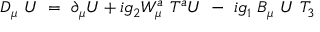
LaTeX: D _ { \mu } ~ { \cal U } ~ = ~ \partial _ { \mu } { \cal U } + i g _ { 2 } W _ { \mu } ^ { a } { } ~ { T ^ { a } } { \cal U } ~ - ~ i g _ { 1 } ~ B _ { \mu } ~ { \cal U } ~ { T _ { 3 } }